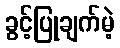
ခွင့်ပြုချက်မဲ့